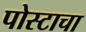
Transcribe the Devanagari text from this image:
पोस्टाचा